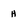
Character: H